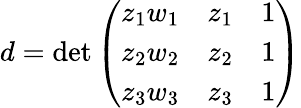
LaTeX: d=\operatorname*{det}{\left(\begin{array}{lll}{z_{1}w_{1}}&{z_{1}}&{1}\\ {z_{2}w_{2}}&{z_{2}}&{1}\\ {z_{3}w_{3}}&{z_{3}}&{1}\end{array}\right)}